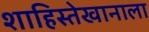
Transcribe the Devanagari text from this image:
शाहिस्तेखानाला